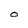
Character: O